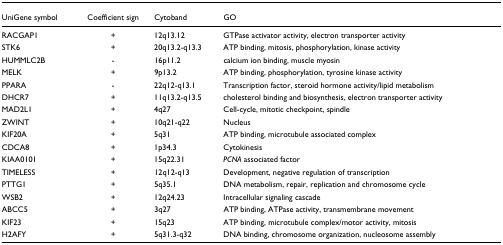
<table><thead><tr><td><b>UniGene symbol</b></td><td><b>Coefficient sign</b></td><td><b>Cytoband</b></td><td><b>GO</b></td></tr></thead><tbody><tr><td>RACGAP1</td><td>+</td><td>12q13.12</td><td>GTPase activator activity, electron transporter activity</td></tr><tr><td>STK6</td><td>+</td><td>20q13.2-q13.3</td><td>ATP binding, mitosis, phosphorylation, kinase activity</td></tr><tr><td>HUMMLC2B</td><td>-</td><td>16p11.2</td><td>calcium ion binding, muscle myosin</td></tr><tr><td>MELK</td><td>+</td><td>9p13.2</td><td>ATP binding, phosphorylation, tyrosine kinase activity</td></tr><tr><td>PPARA</td><td>-</td><td>22q12-q13.1</td><td>Transcription factor, steroid hormone activity/lipid metabolism</td></tr><tr><td>DHCR7</td><td>+</td><td>11q13.2-q13.5</td><td>cholesterol binding and biosynthesis, electron transporter activity</td></tr><tr><td>MAD2L1</td><td>+</td><td>4q27</td><td>Cell-cycle, mitotic checkpoint, spindle</td></tr><tr><td>ZWINT</td><td>+</td><td>10q21-q22</td><td>Nucleus</td></tr><tr><td>KIF20A</td><td>+</td><td>5q31</td><td>ATP binding, microtubule associated complex</td></tr><tr><td>CDCA8</td><td>+</td><td>1p34.3</td><td>Cytokinesis</td></tr><tr><td>KIAA0101</td><td>+</td><td>15q22.31</td><td><i>PCNA </i>associated factor</td></tr><tr><td>TIMELESS</td><td>+</td><td>12q12-q13</td><td>Development, negative regulation of transcription</td></tr><tr><td>PTTG1</td><td>+</td><td>5q35.1</td><td>DNA metabolism, repair, replication and chromosome cycle</td></tr><tr><td>WSB2</td><td>+</td><td>12q24.23</td><td>Intracellular signaling cascade</td></tr><tr><td>ABCC5</td><td>+</td><td>3q27</td><td>ATP binding, ATPase activity, transmembrane movement</td></tr><tr><td>KIF23</td><td>+</td><td>15q23</td><td>ATP binding, microtubule complex/motor activity, mitosis</td></tr><tr><td>H2AFY</td><td>+</td><td>5q31.3-q32</td><td>DNA binding, chromosome organization, nucleosome assembly</td></tr></tbody></table>